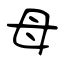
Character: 母